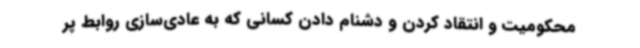
محکومیت و انتقاد کردن و دشنام دادن کسانی که به عادی‌سازی روابط پر